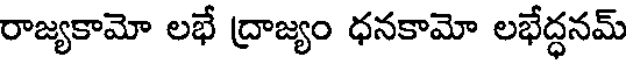
రాజ్యకామో లభే ద్రాజ్యం ధనకామో లభేద్ధనమ్